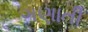
ગણાતી